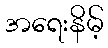
အရေးနိမ့်